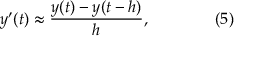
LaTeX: y ^ { \prime } ( t ) \approx { \frac { y ( t ) - y ( t - h ) } { h } } , \qquad \qquad ( 5 )